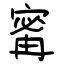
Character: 寗